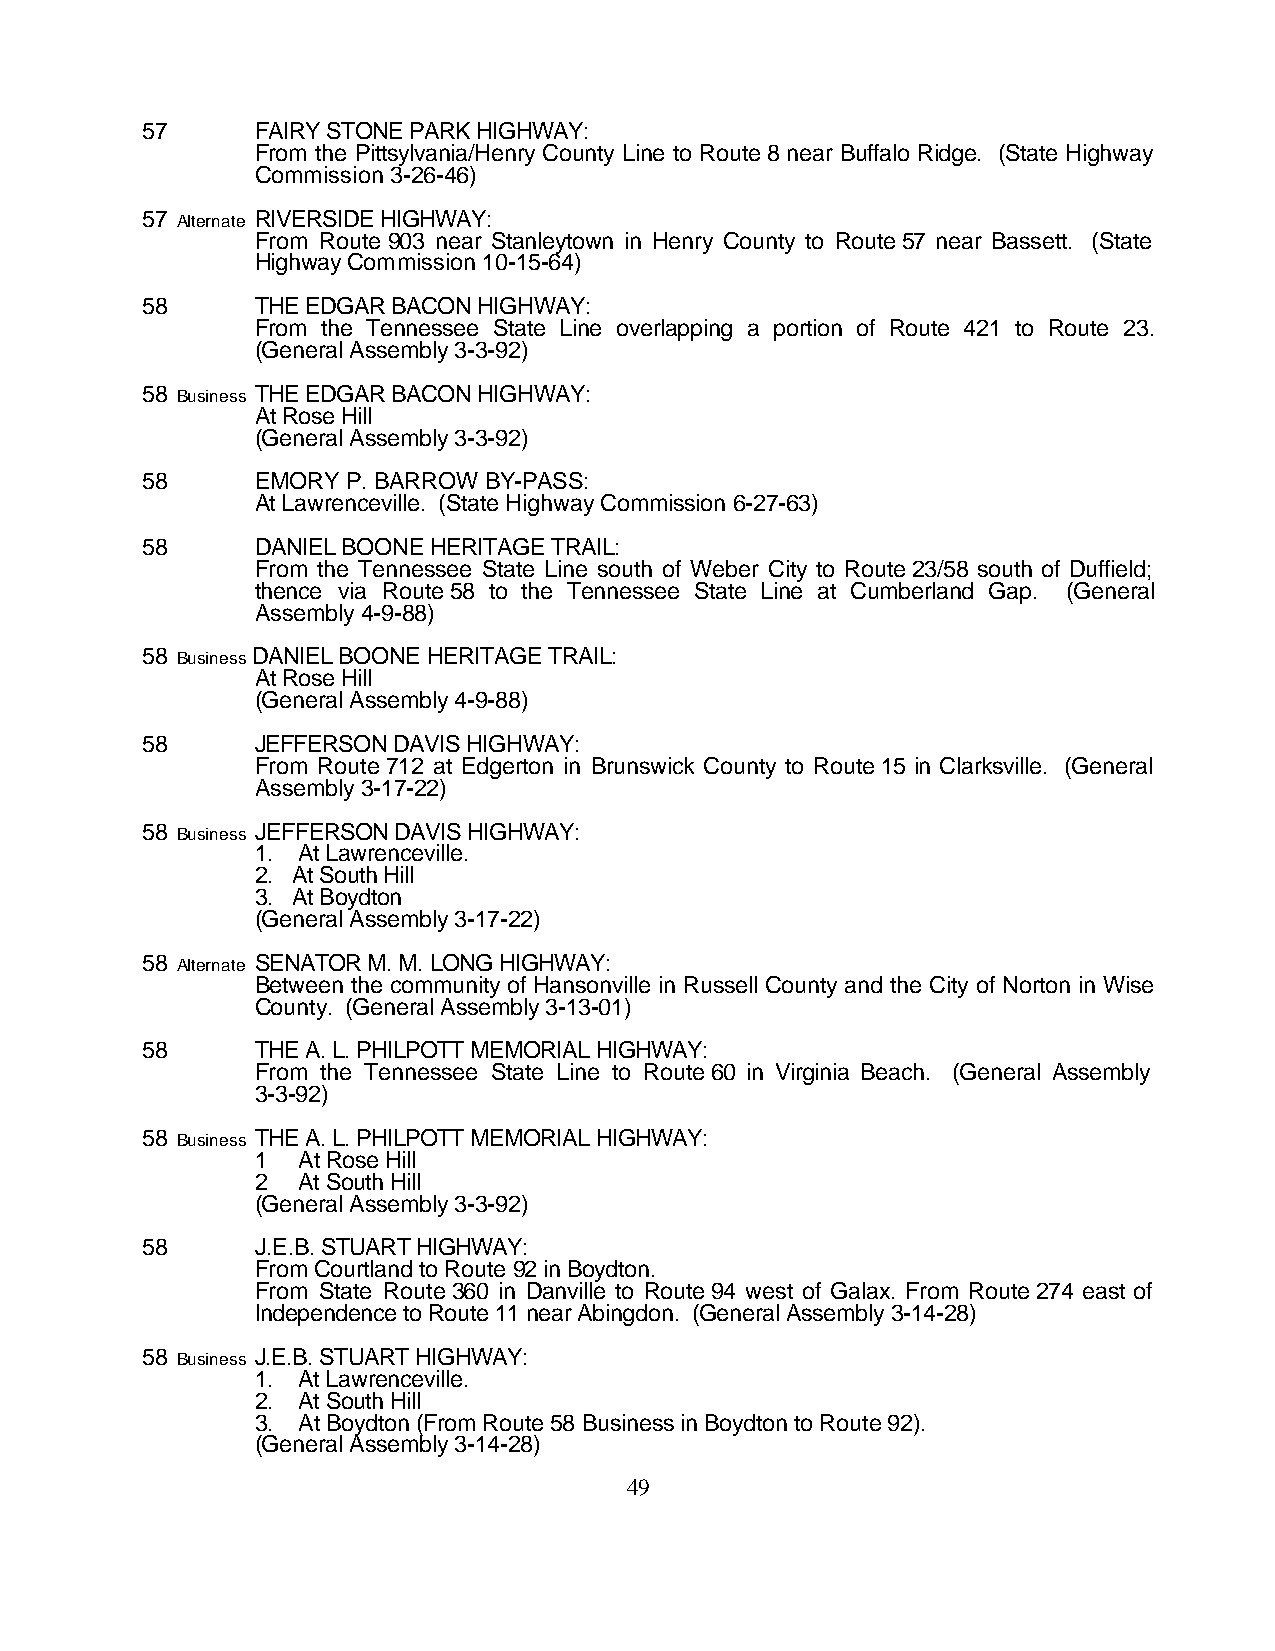
57      FAIRY STONE PARK HIGHWAY:
 From the Pittsylvania/Henry County Line to Route 8 near Buffalo Ridge. (State Highway
 Commission 3-26-46)
 57 Alternate RIVERSIDE HIGHWAY:
 From Route 903 near Stanleytown in Henry County to Route 57 near Bassett. (State
 Highway Commission 10-15-64)
 58      THE EDGAR BACON HIGHWAY:
 From the Tennessee State Line overlapping a portion of Route 421 to Route 23.
 (General Assembly 3-3-92)
 58 Business THE EDGAR BACON HIGHWAY:
 At Rose Hill
 (General Assembly 3-3-92)
 58      EMORY P. BARROW BY-PASS:
 At Lawrenceville. (State Highway Commission 6-27-63)
 58      DANIEL BOONE HERITAGE TRAIL:
 From the Tennessee State Line south of Weber City to Route 23/58 south of Duffield;
 thence via Route 58 to the Tennessee State Line at Cumberland Gap. (General
 Assembly 4-9-88)
 58 Business DANIEL BOONE HERITAGE TRAIL:
 At Rose Hill
 (General Assembly 4-9-88)
 58      JEFFERSON DAVIS HIGHWAY:
 From Route 712 at Edgerton in Brunswick County to Route 15 in Clarksville. (General
 Assembly 3-17-22)
 58 Business JEFFERSON DAVIS HIGHWAY:
 1. At Lawrenceville.
 2. At South Hill
 3. At Boydton
 (General Assembly 3-17-22)
 58 Alternate SENATOR M. M. LONG HIGHWAY:
 Between the community of Hansonville in Russell County and the City of Norton in Wise
 County. (General Assembly 3-13-01)
 58      THE A. L. PHILPOTT MEMORIAL HIGHWAY:
 From the Tennessee State Line to Route 60 in Virginia Beach. (General Assembly
 3-3-92)
 58 Business THE A. L. PHILPOTT MEMORIAL HIGHWAY:
 1  At Rose Hill
 2  At South Hill
 (General Assembly 3-3-92)
 58      J.E.B. STUART HIGHWAY:
 From Courtland to Route 92 in Boydton.
 From State Route 360 in Danville to Route 94 west of Galax. From Route 274 east of
 Independence to Route 11 near Abingdon. (General Assembly 3-14-28)
 58 Business J.E.B. STUART HIGHWAY:
 1. At Lawrenceville.
 2. At South Hill
 3. At Boydton (From Route 58 Business in Boydton to Route 92).
 (General Assembly 3-14-28)
 49